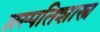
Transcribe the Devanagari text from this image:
व्नस्पतिशास्त्र